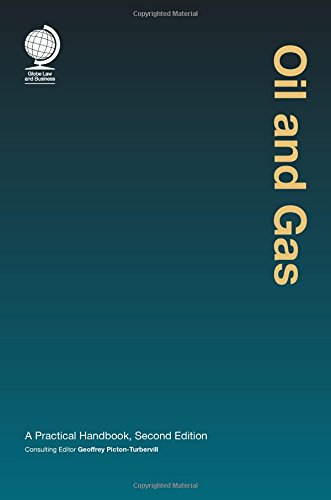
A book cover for Oil and Gas: A Practical Handbook; Business & Money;